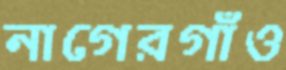
নাগেরগাঁও